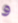
و